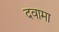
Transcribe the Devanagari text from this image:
दवामा